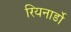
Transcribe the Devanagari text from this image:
रियनार्डो